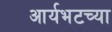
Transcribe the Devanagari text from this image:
आर्यभटच्या